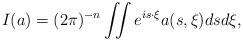
LaTeX: \begin{align*} I(a)= (2\pi)^{-n}\iint e^{is\cdot \xi} a(s,\xi) ds d \xi, \end{align*}